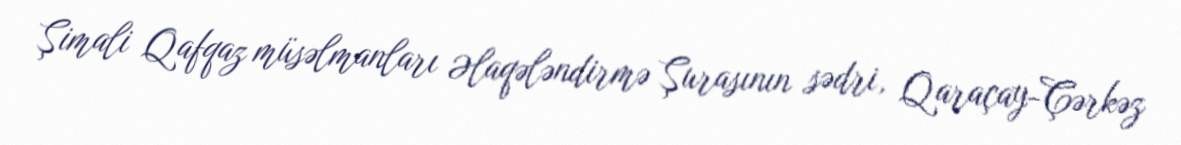
Şimali Qafqaz müsəlmanları Əlaqələndirmə Şurasının sədri, Qaraçay-Çərkəz